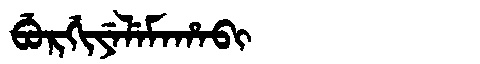
Manchu: ᠪᡠᡵᡤᡳᠶᡝᠯᡝᠮᠠᡥᠠᠪᡳ
Romanization: BURGIYELEMAHABI